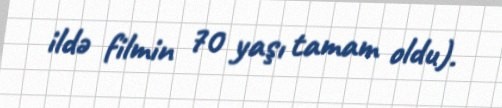
ildə filmin 70 yaşı tamam oldu).